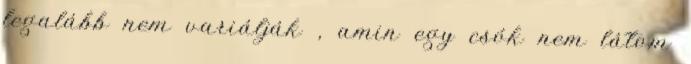
legalább nem variálják , amin egy csók nem látom